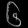
Digit: ၆